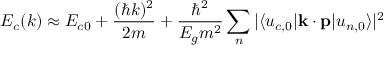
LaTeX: E _ { c } ( { \boldsymbol { k } } ) \approx E _ { c 0 } + { \frac { ( \hbar k ) ^ { 2 } } { 2 m } } + { \frac { \hbar ^ { 2 } } { { E _ { g } } m ^ { 2 } } } \sum _ { n } { | \langle u _ { c , 0 } | \mathbf { k } \cdot \mathbf { p } | u _ { n , 0 } \rangle | ^ { 2 } }